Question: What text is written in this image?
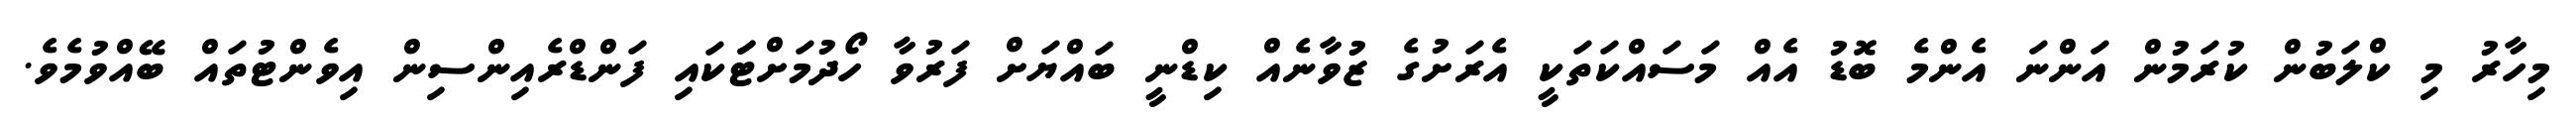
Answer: މިހާރު މި ކްލަބުން ކުރަމުން އަންނަ އެންމެ ބޮޑު އެއް މަސައްކަތަކީ އެރަށުގެ ޒުވާނެއް ކިޑްނީ ބައްޔަށް ފަރުވާ ހޯދުމަށްޓަަކައި ފަންޑްރެއިންސިން އިވެންޓުތައް ބޭއްވުމެވެ.